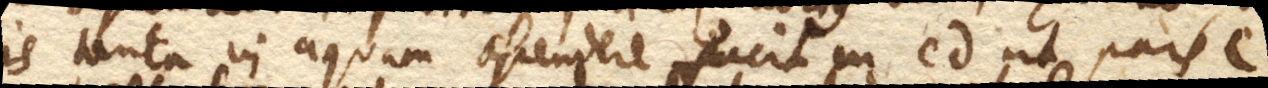
is tanta vi aquam ascendere facit in cd. ut pars e.